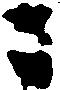
ニ